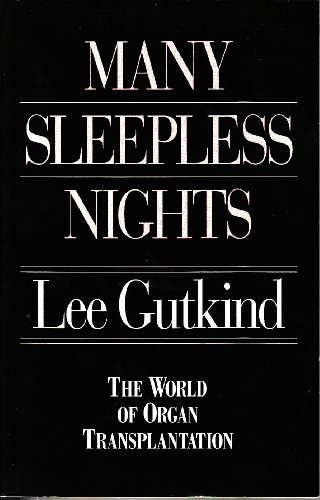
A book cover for Many Sleepless Nights: The World of Organ Transplantation; Lee Gutkind; Medical Books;